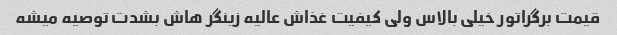
قیمت برگراتور خیلی بالاس ولی کیفیت غذاش عالیه زینگر هاش بشدت توصیه میشه